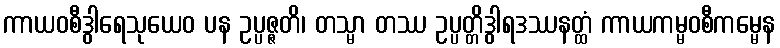
ကာယဝစီဒွါရေသုယေဝ ပန ဥပ္ပဇ္ဇတိ၊ တသ္မာ တဿ ဥပ္ပတ္တိဒွါရဒဿနတ္ထံ ကာယကမ္မဝစီကမ္မေန